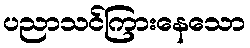
ပညာသင်ကြားနေသော